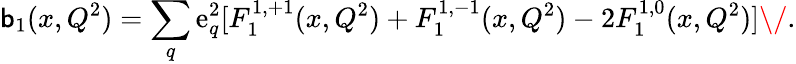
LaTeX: \mathsf{b}_{1}(x,Q^{2})=\sum_{q}\mathrm{e}_{q}^{2}[F_{1}^{1,+1}(x,Q^{2})+F_{1}^{1,-1}(x,Q^{2})-2F_{1}^{1,0}(x,Q^{2})]\/ .